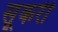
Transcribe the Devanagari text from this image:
सूकरी